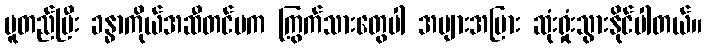
မူတည်ပြီး ခန္ဓာကိုယ်အဆီတင်မက ကြွက်သားတွေပါ အများအပြား ဆုံးရှုံးသွားနိုင်ပါတယ်။